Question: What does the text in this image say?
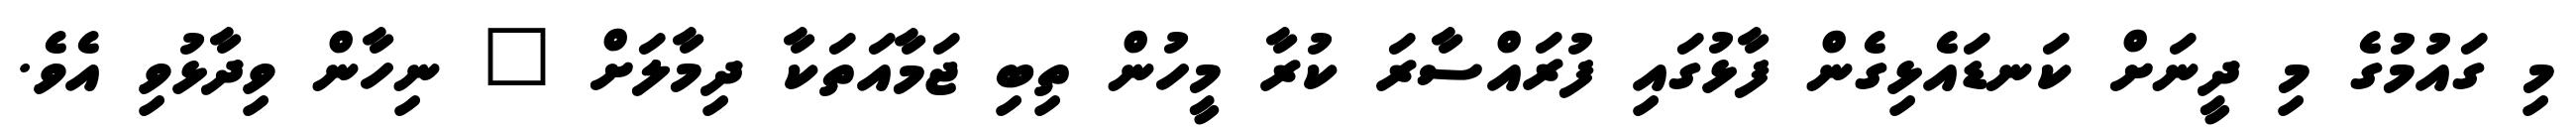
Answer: މި ގައުމުގެ މި ދީނަށް ކަނޑައެޅިގެން ފާޅުގައި ފުރައްސާރަ ކުރާ މީހުން ތިބި ޖަމާއަތަކާ ދިމާލަށް " ނިހާން ވިދާޅުވި އެވެ.